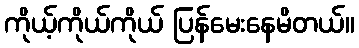
ကိုယ့်ကိုယ်ကိုယ် ပြန်မေးနေမိတယ်။